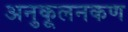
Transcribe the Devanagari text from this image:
अनुकूलनकण